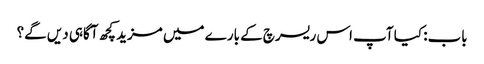
باب: کیا آپ اس ریسرچ کے بارے میں مزید کچھ آگاہی دیں گے؟